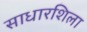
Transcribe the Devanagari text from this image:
साधारशिला